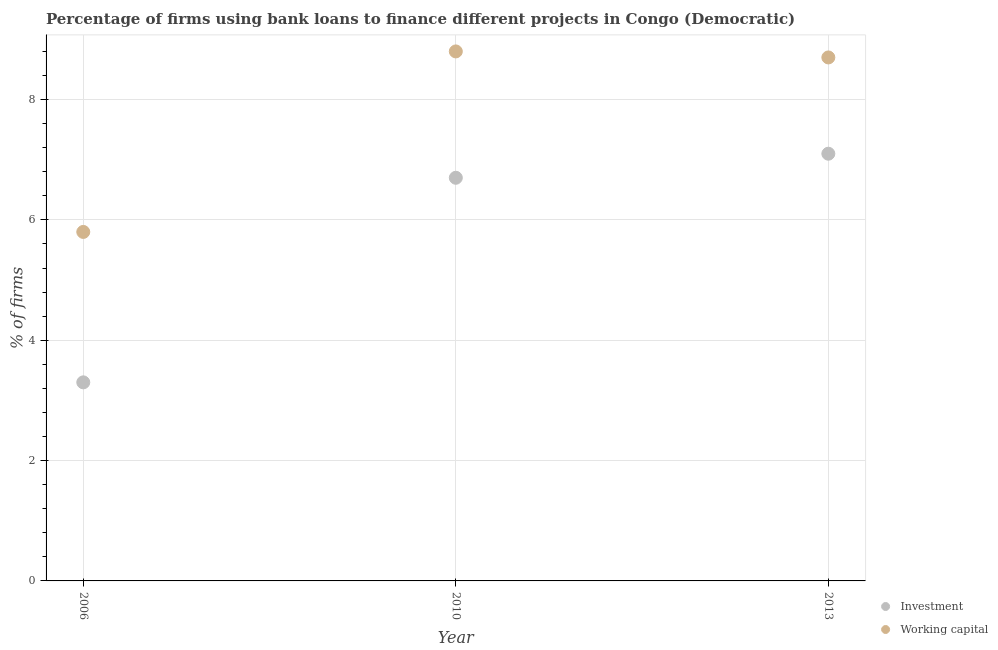
| Year | Investment | Working capital |
 | --- | --- | --- |
 | 2006 | 3.3 | 5.8 |
 | 2010 | 6.7 | 8.8 |
 | 2013 | 7.1 | 8.7 |